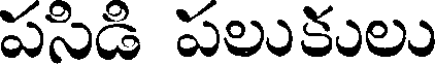
పసిడి పలుకులు